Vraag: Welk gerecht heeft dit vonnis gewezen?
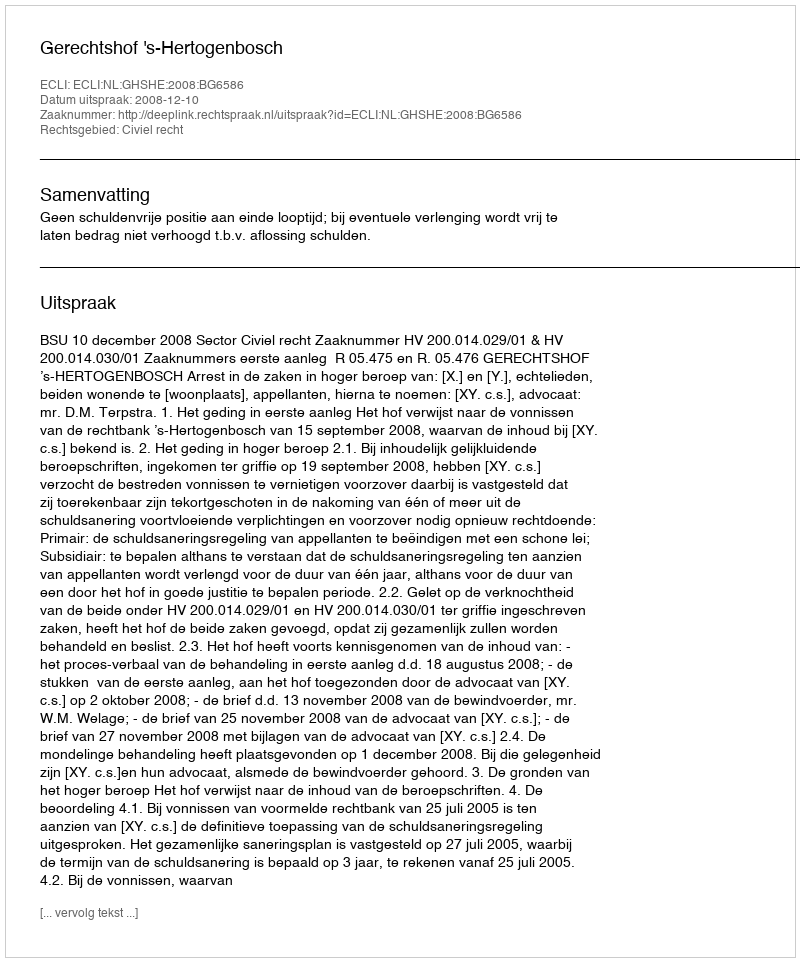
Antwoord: Gerechtshof 's-Hertogenbosch